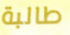
طالبة